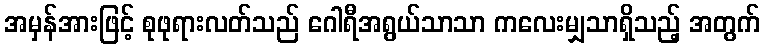
အမှန်အားဖြင့် စုဖုရားလတ်သည် ဂေါရီအရွယ်သာသာ ကလေးမျှသာရှိသည့် အတွက်